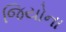
જિયોના